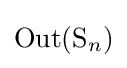
\operatorname {Out} (\mathrm {S} _{n})